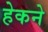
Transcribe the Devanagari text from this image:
हेकने